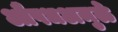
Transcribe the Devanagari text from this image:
औषधअमुळे